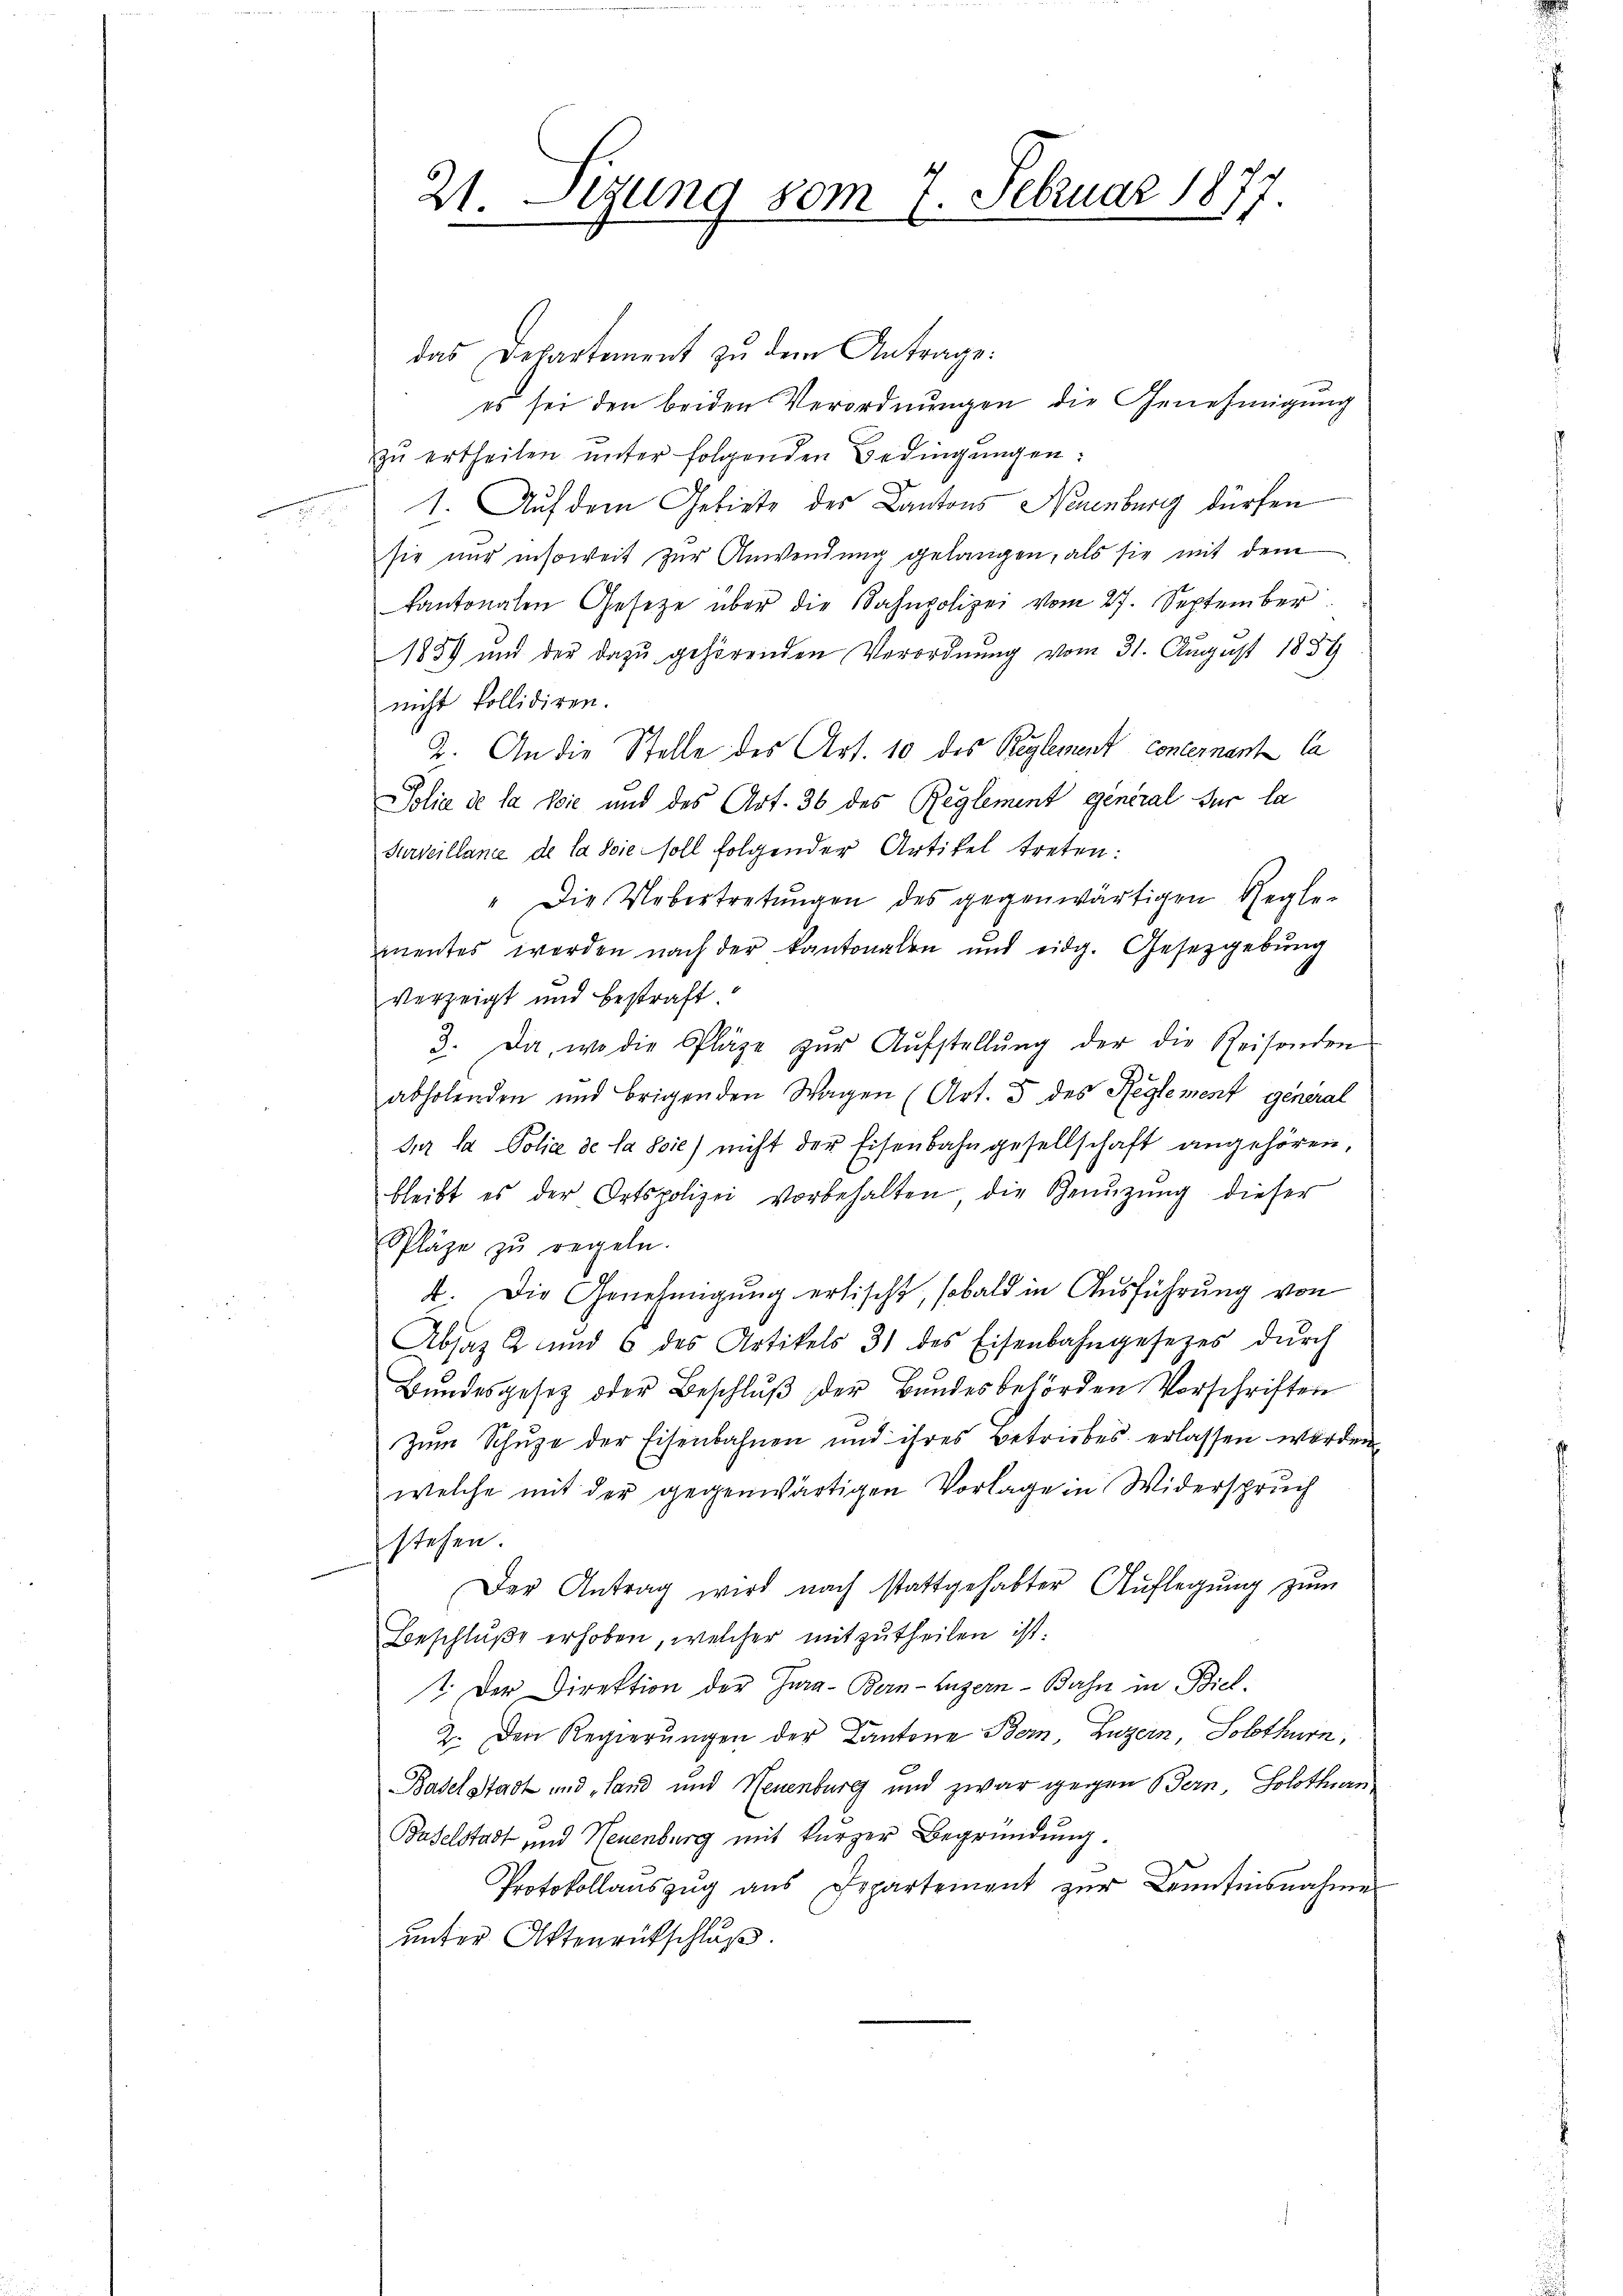
21. Sizung vom 7. Februar 1877

das Departement zu dem Antrage:
es sei den beiden Verordnungen die Genehmigung
zŭ ertheilen unter folgenden Bedingŭngen:
1. Auf dem Gebiete des Cantons Neuenburg dürfen
sie nur insoweit zur Anwendung gelangen, als sie mit dem
kantonalen Gesetze über die Bahnpolizei vom 27. September
1889 und der dazu gehörenden Verordnung vom 31. August 1859
nicht kollidiren.
2. An die Stelle des Art. 10 des Reglement concernant la
Solie de la Moić und des Art. 36 des Reglement general für la
Surveillance de la sie soll folgender Artikel treten:
" Die Uebertretŭngen des gegenwärtigen Regle-
mentes werden nach der Kantonalen und eidg. Gesetzgebung
verzeigt und bestraft.
3. Da, wo die Pläge zŭr Aŭfstellŭng der die Reisenden
abholenden und brigenden Wagen (Art. 5 des Reglement general
der la Police de la Soie) nicht der Eisenbahngesellschaft angehören,
bleibt es der Ortspolizei vorbehalten die Genüzung dieser
Pläge zu regeln.
t. Die Genehmigung erlischt, sobald in Ausführung von
Absaz 2 und 6 des Artikels 31 des Eisenbahngesetzes dŭrch
Bundesgesetz oder Beschluß der Bundesbehörden Vorschriften
Zum Schuze der Eisenbahnen und ihres Betriebes erlassen werden
welche mit der gegenwärtigen Vorlage in Widerspruch
stehen.
Der Antrag wird nach stattgehabter Auflegung zum
Beschluße erhoben, welcher mitzutheilen ist.
T. Der Direktion der Jura - Bern-Luzern - Bahn in Biel¬
2. Den Regierŭngen der Cantone Bern, Luzern, Solothurn,
Baselstadt und „Hand und Neuenburg und zwar gegen Bern, Solothurn
Baselstadt und Neuenburg mit kurzer Begründung.
Protokollaŭszŭg aŭs Departement zŭr Kenntinsnahme
unter Aktenrütschluß.